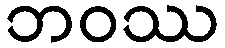
ဘဝဿ